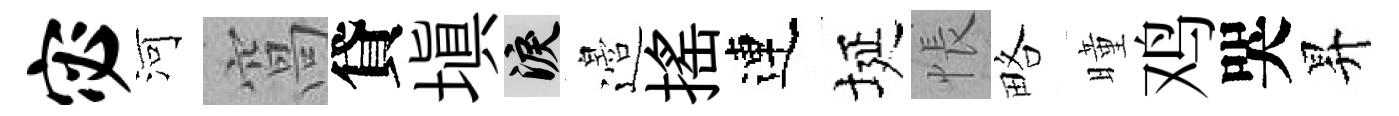
宓河窩貸塡泪邉揺連埏悵略曈鸡哭昇